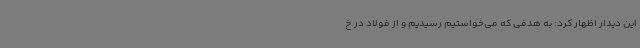
این دیدار اظهار کرد: به هدفی که می‌خواستیم رسیدیم و از فولاد در خ